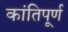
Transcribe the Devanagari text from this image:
कांतिपूर्ण